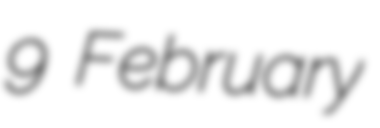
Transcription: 9 February